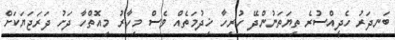
ބަނދަރު ހެދީއްސުރެ ތިޔަތަނުންދޭ ހުރިހާ ޚިދުމަތެއް ވެސް މިހާރު މިއޮތްހާ ދަށު ދަރަޖަޔަކަށް